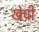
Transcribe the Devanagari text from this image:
खेची